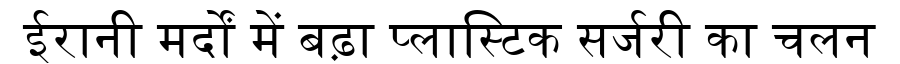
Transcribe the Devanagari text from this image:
ईरानी मर्दों में बढ़ा प्लास्टिक सर्जरी का चलन